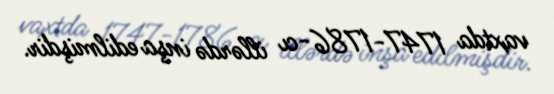
vaxtda 1747-1786-cı illərdə inşa edilmişdir.